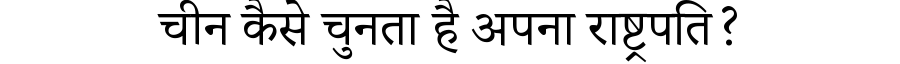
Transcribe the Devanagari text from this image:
चीन कैसे चुनता है अपना राष्ट्रपति?